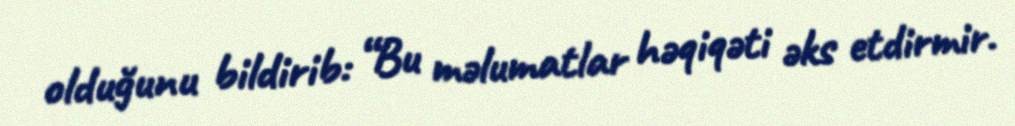
olduğunu bildirib: “Bu məlumatlar həqiqəti əks etdirmir.